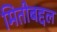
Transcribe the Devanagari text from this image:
मितीबद्दल